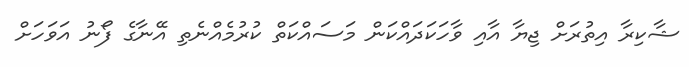
ޝާކިރާ އިތުރަށް ޖިޔާ އާއި ވާހަކަދައްކަން މަސައްކަތް ކުރުމެއްނެތި އޭނާގެ ފޯނު އަވަހަށް